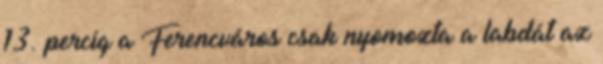
13. percig a Ferencváros csak nyomozta a labdát az